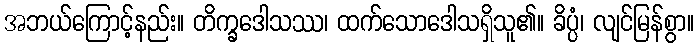
အဘယ်ကြောင့်နည်း။ တိက္ခဒေါသဿ၊ ထက်သောဒေါသရှိသူ၏။ ခိပ္ပံ၊ လျင်မြန်စွာ။